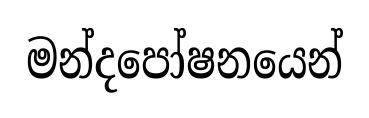
මන්දපෝෂනයෙන්